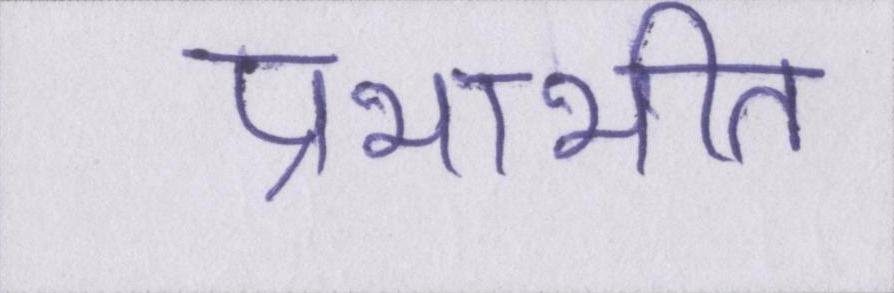
प्रभाभीत